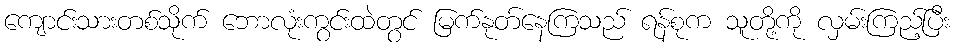
ကျောင်းသားတစ်သိုက် ဘောလုံးကွင်းထဲတွင် မြက်နုတ်နေကြသည် ရန်စုက သူတို့ကို လှမ်းကြည့်ပြီး